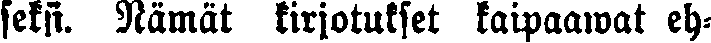
seksi. Nämät kirjotukset kaipaawat eh-